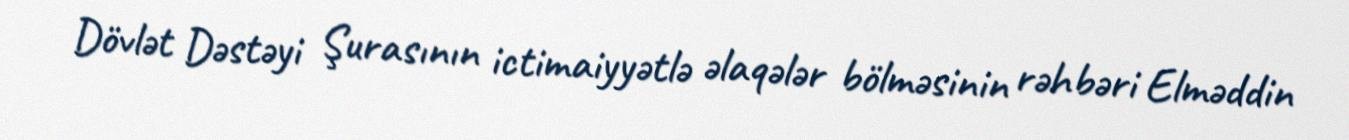
Dövlət Dəstəyi Şurasının ictimaiyyətlə əlaqələr bölməsinin rəhbəri Elməddin